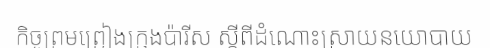
កិច្ចព្រមព្រៀងក្រុងប៉ារីស ស្តីពីដំណោះស្រាយនយោបាយ